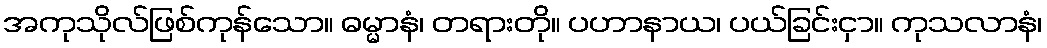
အကုသိုလ်ဖြစ်ကုန်သော။ ဓမ္မာနံ၊ တရားတို။ ပဟာနာယ၊ ပယ်ခြင်းငှာ။ ကုသလာနံ၊